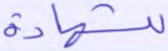
للشهادة